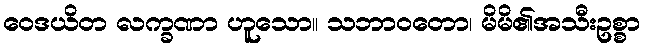
ဝေဒယိတ လက္ခဏာ ဟူသော။ သဘာဝတော၊ မိမိ၏အသီးဥစ္စာ